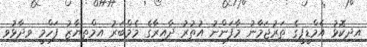
އިދިކޮޅު އެމްޑީޕީގެ ތަރުޖަމާނު މާފަންނު އުތުރު ދާއިރާގެ މެމްބަރު އިމްތިޔާޒު ފަހްމީ ވިދާޅުވި